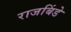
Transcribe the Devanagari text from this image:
राजबिंडे